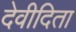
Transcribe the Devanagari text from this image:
देवीदिता